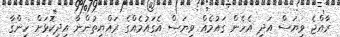
ރާއްޖެ ވިޔަސް އަދި އެހެން ގައުމެއް ވިޔަސް އެގައުމެއްގެ ރައްޔިތުންނާ އިދިކޮޅަށް ހިންގާ